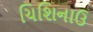
ચિશિનાઉ